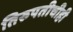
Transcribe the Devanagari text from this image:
तिरुपतीचीही